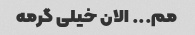
مم... الان خیلی گرمه